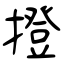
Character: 撜